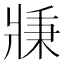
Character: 𤖉